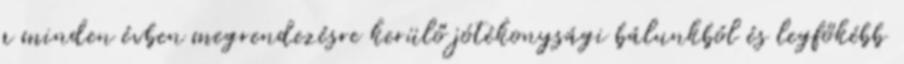
a minden évben megrendezésre kerülő jótékonysági bálunkból és legfőkébb